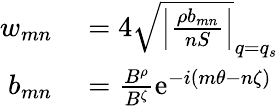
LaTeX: \begin{array}{rl}{w_{mn}}&{{}=4\sqrt{\left|\frac{\rho b_{mn}}{nS}\right|}_{q=q_{s}}}\\ {b_{mn}}&{{}=\frac{B^{\rho}}{B^{\zeta}}\mathrm{e}^{-i(m\theta-n\zeta)}}\end{array}